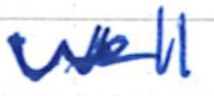
Text: well
Cross-out: clean
Writing tool: ballpoint